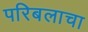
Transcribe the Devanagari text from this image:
परिबलाचा